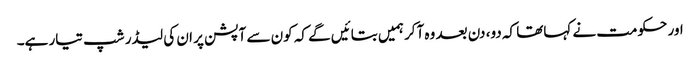
اور حکومت نے کہاتھا کہ دو، دن بعد وہ آکر ہمیں بتائیں گے کہ کون سے آپشن پر ان کی لیڈر شپ تیار ہے۔